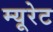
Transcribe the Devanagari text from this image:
म्यूरेट